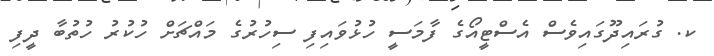
ކ. ގުރައިދޫގައިވެސް އެސްޓީއޯގެ ފާމަސީ ހުޅުވައިފި ސިހުރުގެ މައްޗަށް ހުކުރު ހުތުބާ ދީފި